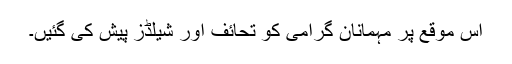
اس موقع پر مہمانان گرامی کو تحائف اور شیلڈز پیش کی گئیں۔